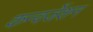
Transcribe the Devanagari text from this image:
कन्वर्जेशन